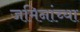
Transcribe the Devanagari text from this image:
जमिनांच्या